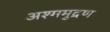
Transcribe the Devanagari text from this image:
अश्ममुद्रण